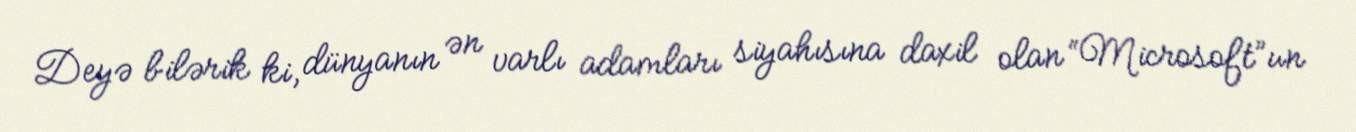
Deyə bilərik ki, dünyanın ən varlı adamları siyahısına daxil olan “Microsoft”un